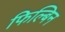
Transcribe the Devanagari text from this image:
फिल्बिन